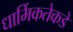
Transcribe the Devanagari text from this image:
धार्मिकतेकडे